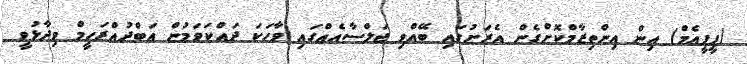
(ޕީޕީއެމް) އިން އިންތިޒާމްކޮށްގެން އެރަށުގައި ބޭއްވި ޖަލްސާއެއްގައި ވާހަކަ ދައްކަވަމުން އަބްދުއްރަހީމް ވިދާޅުވީ